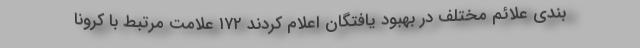
بندی علائم مختلف در بهبود یافتگان اعلام کردند ۱۷۲ علامت مرتبط با کرونا